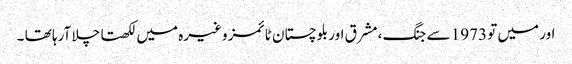
اور میں تو 1973 سے جنگ ،مشرق اور بلوچستان ٹائمز وغیرہ میں لکھتا چلا آرہا تھا ۔